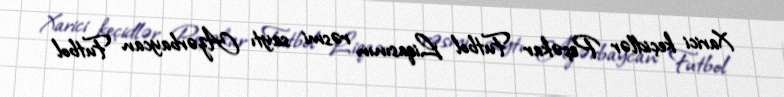
Xarici keçidlər Peşəkar Futbol Liqasının rəsmi saytı Azərbaycan Futbol